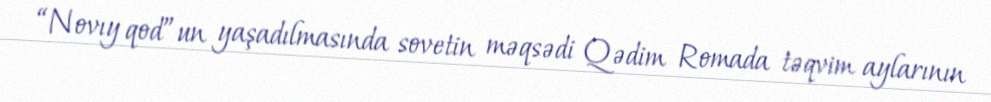
“Novıy qod”un yaşadılmasında sovetin məqsədi Qədim Romada təqvim aylarının